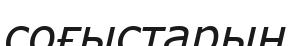
соғыстарын